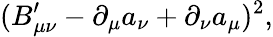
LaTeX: (B_{\mu\nu}^{\prime}-\partial_{\mu}a_{\nu}+\partial_{\nu}a_{\mu})^{2},